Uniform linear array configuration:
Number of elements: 8
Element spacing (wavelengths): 0.25
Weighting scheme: hamming
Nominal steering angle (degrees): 0
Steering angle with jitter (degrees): -1.61
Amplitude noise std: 0.05
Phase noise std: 0.05

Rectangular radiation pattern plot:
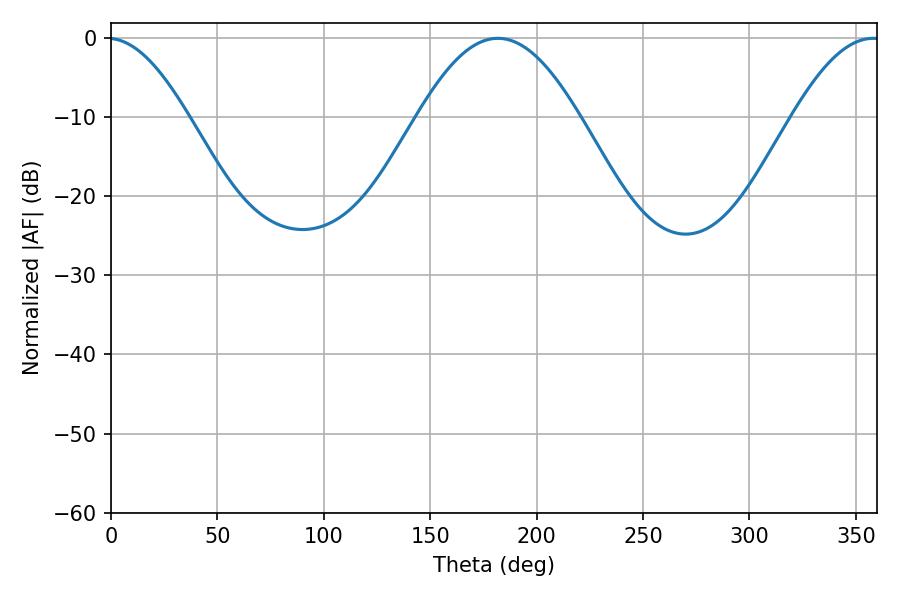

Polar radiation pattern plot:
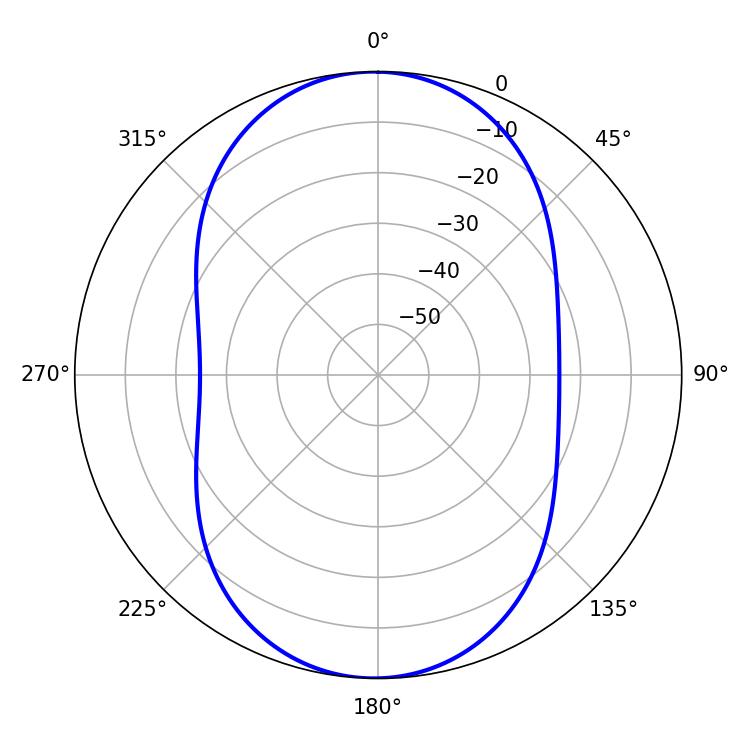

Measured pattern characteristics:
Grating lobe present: FALSE
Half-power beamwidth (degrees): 41.04
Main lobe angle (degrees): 181.8